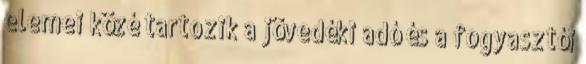
elemei közé tartozik a jövedéki adó és a fogyasztói